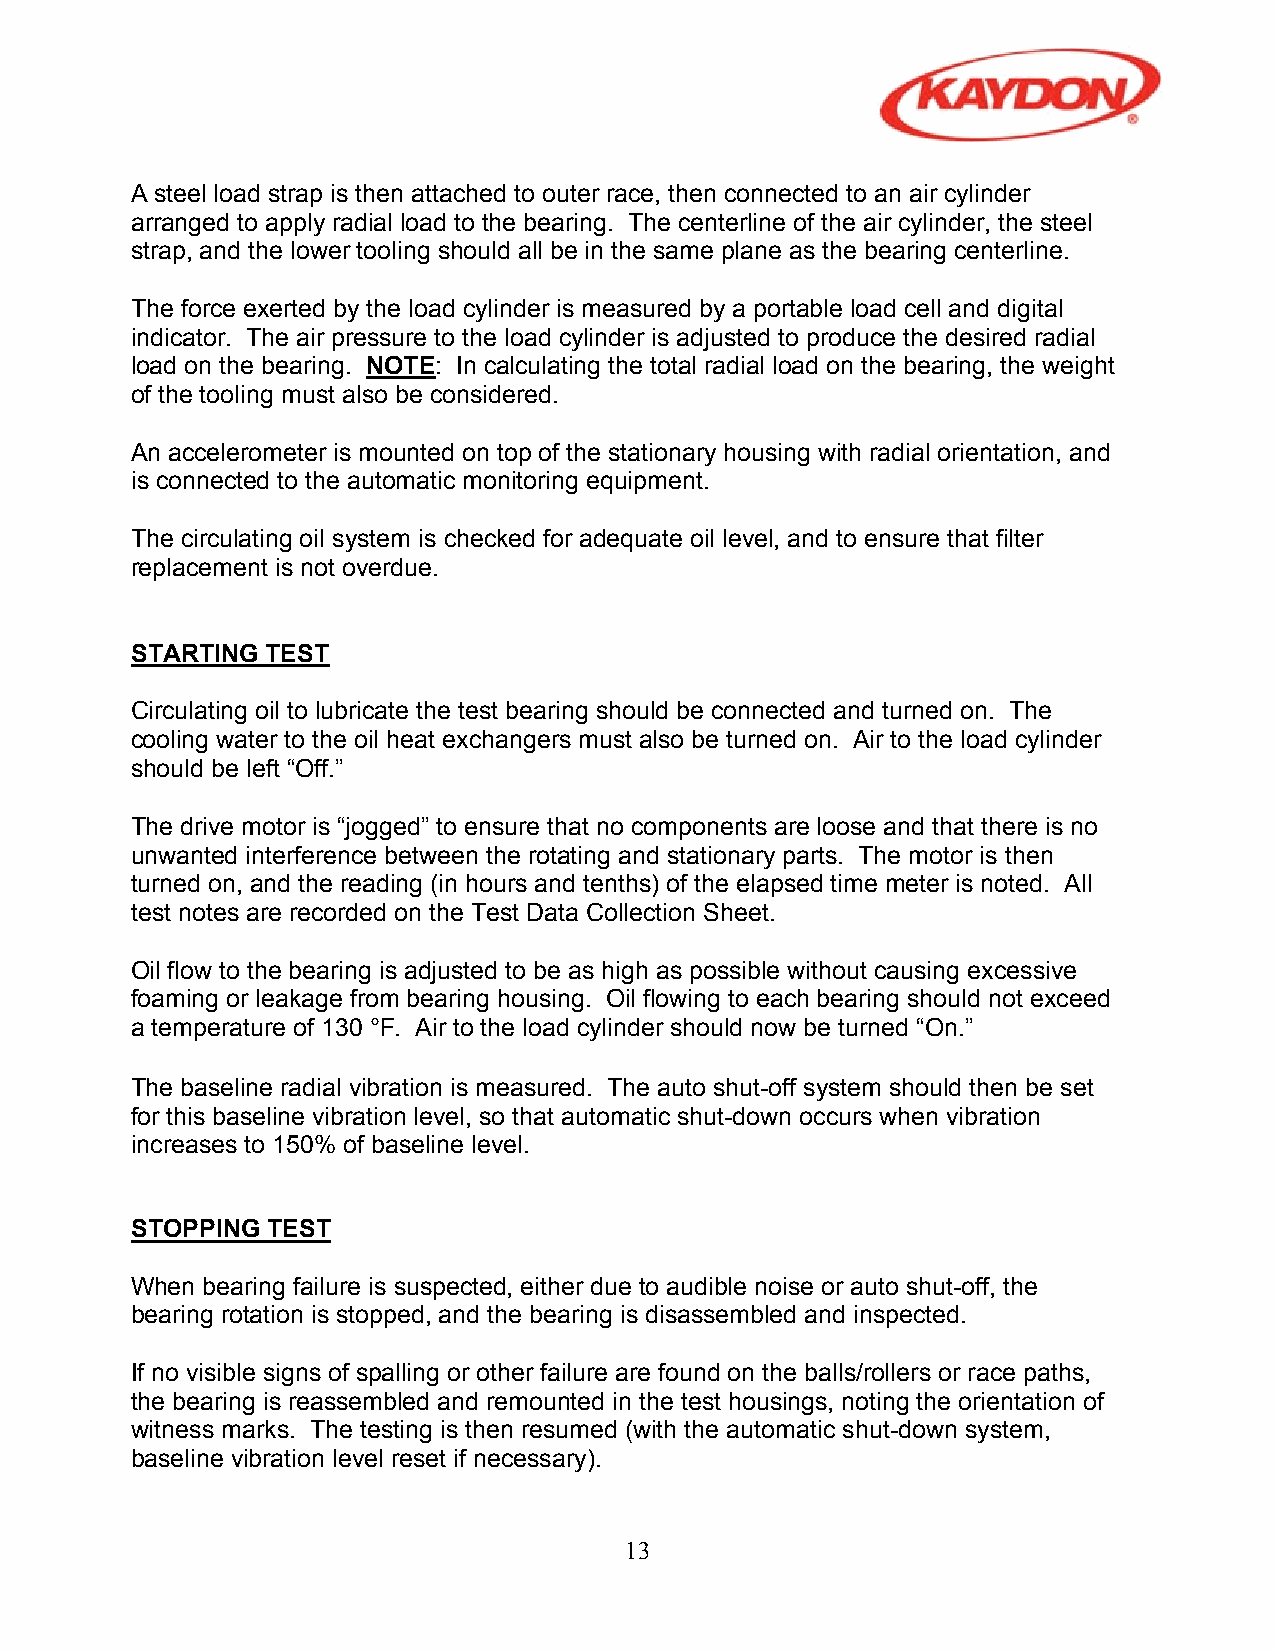
A steel load strap is then attached to outer race, then connected to an air cylinder
 arranged to apply radial load to the bearing. The centerline of the air cylinder, the steel
 strap, and the lower tooling should all be in the same plane as the bearing centerline.
 The force exerted by the load cylinder is measured by a portable load cell and digital
 indicator. The air pressure to the load cylinder is adjusted to produce the desired radial
 load on the bearing. NOTE: In calculating the total radial load on the bearing, the weight
 of the tooling must also be considered.
 An accelerometer is mounted on top of the stationary housing with radial orientation, and
 is connected to the automatic monitoring equipment.
 The circulating oil system is checked for adequate oil level, and to ensure that filter
 replacement is not overdue.
 STARTING TEST
 Circulating oil to lubricate the test bearing should be connected and turned on. The
 cooling water to the oil heat exchangers must also be turned on. Air to the load cylinder
 should be left “Off.”
 The drive motor is “jogged” to ensure that no components are loose and that there is no
 unwanted interference between the rotating and stationary parts. The motor is then
 turned on, and the reading (in hours and tenths) of the elapsed time meter is noted. All
 test notes are recorded on the Test Data Collection Sheet.
 Oil flow to the bearing is adjusted to be as high as possible without causing excessive
 foaming or leakage from bearing housing. Oil flowing to each bearing should not exceed
 a temperature of 130 °F. Air to the load cylinder should now be turned “On.”
 The baseline radial vibration is measured. The auto shut-off system should then be set
 for this baseline vibration level, so that automatic shut-down occurs when vibration
 increases to 150% of baseline level.
 STOPPING TEST
 When bearing failure is suspected, either due to audible noise or auto shut-off, the
 bearing rotation is stopped, and the bearing is disassembled and inspected.
 If no visible signs of spalling or other failure are found on the balls/rollers or race paths,
 the bearing is reassembled and remounted in the test housings, noting the orientation of
 witness marks. The testing is then resumed (with the automatic shut-down system,
 baseline vibration level reset if necessary).
 13